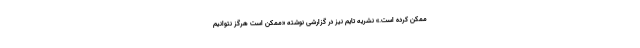
ممکن کرده است.» نشریه تایم نیز در گزارشی نوشته «ممکن است هرگز نتوانیم